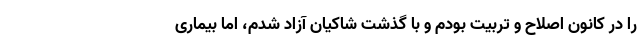
را در کانون اصلاح و تربیت بودم و با گذشت شاکیان آزاد شدم، اما بیماری